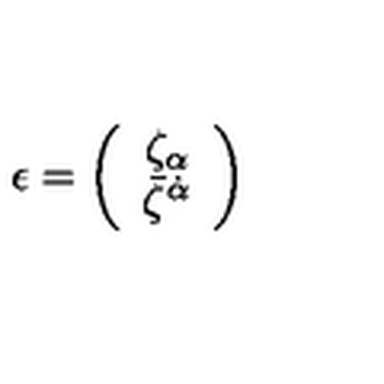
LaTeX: \epsilon = \left( \begin{array} { c } { { \zeta } _ { \alpha } } \\ { { \bar { \zeta } } ^ { \dot { \alpha } } } \\ \end{array} \right)